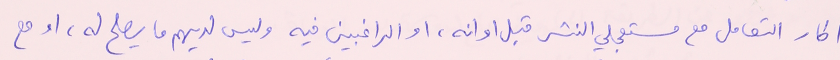
اطار التعامل مع مستعجلي النشر قبل اوانه، او الراغبين فيه وليس لديهم ما يصلح له، او مع